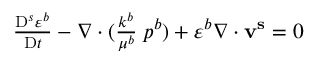
\begin{array} { r } { \frac { \mathrm { D } ^ { s } \varepsilon ^ { b } } { \mathrm { D } t } - \nabla \cdot ( \frac { k ^ { b } } { \mu ^ { b } } \mathbf { \nabla } p ^ { b } ) + \varepsilon ^ { b } \nabla \cdot \mathbf { v ^ { s } } = 0 } \end{array}